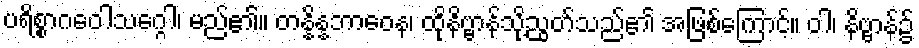
ပရိစ္စာဂဝေါသဂ္ဂေါ၊ မည်၏။ တန္နိန္နဘာဝေန၊ ထိုနိဗ္ဗာန်သို့ညွတ်သည်၏ အဖြစ်ကြောင့်။ ဝါ၊ နိဗ္ဗာန်၌